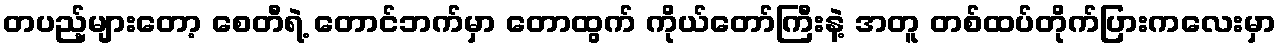
တပည့်များတော့ စေတီရဲ့ တောင်ဘက်မှာ တောထွက် ကိုယ်တော်ကြီးနဲ့ အတူ တစ်ထပ်တိုက်ပြားကလေးမှာ